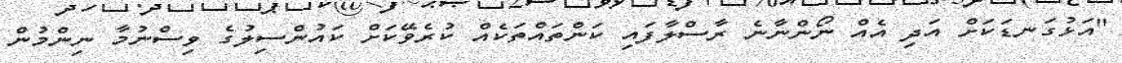
"އަޅުގަނޑަކަށް އަދި އެއް ނޯންނާނެ ރާސްލާފައި ކަންތައްތަކެއް ކުރެވޭކަށް ކައުންސިލުގެ ވިސްނުމާ ނިންމުން